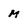
Character: M